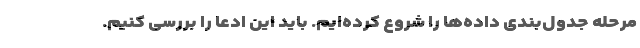
مرحله جدول‌بندی داده‌ها را شروع کرده‌ایم. باید این ادعا را بررسی کنیم.